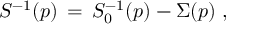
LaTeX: S ^ { - 1 } ( p ) \, = \, S _ { 0 } ^ { - 1 } ( p ) - \Sigma ( p ) \; ,